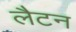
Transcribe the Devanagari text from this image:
लैटन